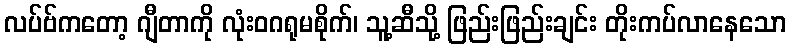
လပ်ဗ်ကတော့ ဂျီတာကို လုံးဝဂရုမစိုက်၊ သူ့ဆီသို့ ဖြည်းဖြည်းချင်း တိုးကပ်လာနေသော